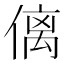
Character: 𠌯